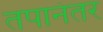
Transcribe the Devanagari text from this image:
तपानंतर